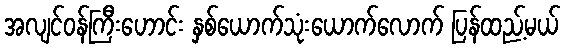
အလျင်ဝန်ကြီးဟောင်း နှစ်ယောက်သုံးယောက်လောက် ပြန်ထည့်မယ်